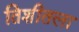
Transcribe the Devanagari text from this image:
तिशीतला